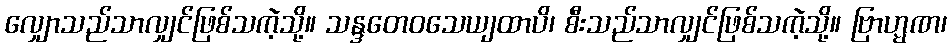
လျှောသည်သာလျှင်ဖြစ်သကဲ့သို့။ သန္ဒတေဝသေယျထာပိ၊ စီးသည်သာလျှင်ဖြစ်သကဲ့သို့။ ဗြာဟ္မဏ၊